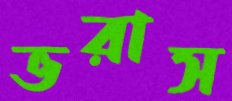
ভরাস